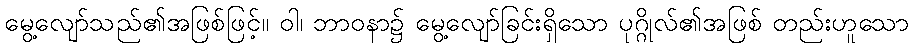
မွေ့လျော်သည်၏အဖြစ်ဖြင့်။ ဝါ၊ ဘာဝနာ၌ မွေ့လျော်ခြင်းရှိသော ပုဂ္ဂိုလ်၏အဖြစ် တည်းဟူသော